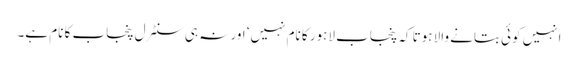
انہیں کوئی بتانے والا ہوتا کہ پنجاب لاہور کا نام نہیں‘ اور نہ ہی سنٹرل پنجاب کا نام ہے۔